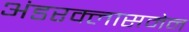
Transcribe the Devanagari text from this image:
अंडरक्लासमेन